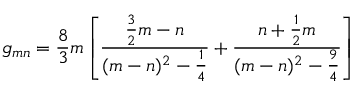
g _ { m n } = { \frac { 8 } { 3 } } m \left[ { \frac { { \frac { 3 } { 2 } } m - n } { ( m - n ) ^ { 2 } - { \frac { 1 } { 4 } } } } + { \frac { n + { \frac { 1 } { 2 } } m } { ( m - n ) ^ { 2 } - { \frac { 9 } { 4 } } } } \right]